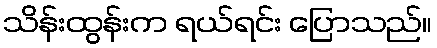
သိန်းထွန်းက ရယ်ရင်း ပြောသည်။